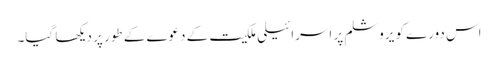
اس دورے کو یروشلم پر اسرائیلی ملکیت کے دعوے کے طور پر دیکھا گیا۔